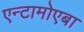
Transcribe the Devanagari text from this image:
एन्टामोएबा